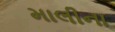
માલીના